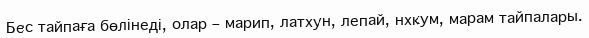
Бес тайпаға бөлінеді, олар – марип, латхун, лепай, нхкум, марам тайпалары.